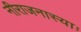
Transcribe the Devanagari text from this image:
नीराजनास्याः